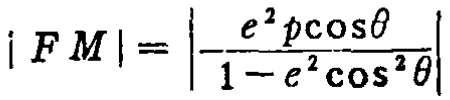
\(|FM|=\left|\frac{e^{2}p\cos\theta}{1 - e^{2}\cos^{2}\theta}\right|\)